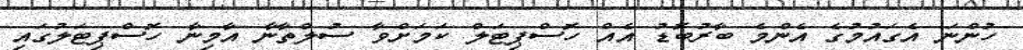
ހުންނަ އެގައުމުގެ އެންމެ ބާރުބޮޑު އެއް ހޮސްޕިޓަލް ކަމަށްވާ ސުލްތާނާ އާމިނާ ހޮސްޕިޓަލުގައި